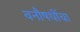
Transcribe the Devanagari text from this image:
वनौषधींचा